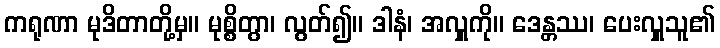
ကရုဏာ မုဒိတာတို့မှ။ မုစ္စိတွာ၊ လွတ်၍။ ဒါနံ၊ အလှူကို။ ဒေန္တဿ၊ ပေးလှူသူ၏